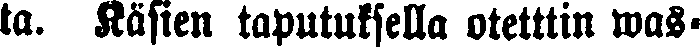
ta. Käsien taputuksella otetttin was-